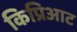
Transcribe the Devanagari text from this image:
किप्रिआट